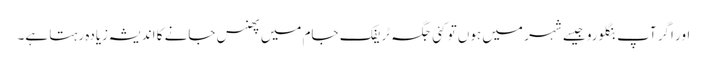
اور اگر آپ بنگلورو جیسے شہر میں ہوں تو کئی جگہ ٹریفک جام میں پھنس جانے کا اندیشہ زیادہ رہتا ہے۔